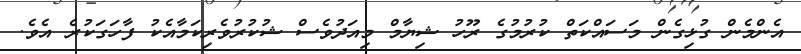
އެންމެން ގުޅިގެން މަސައްކަތް ކުރުމުގެ ރޫހު ޝިޔާމް މިއަދުވެސް ޝުކުރުވެރިކަމާއެކު ފާހަގަކުރެ އެވެ.